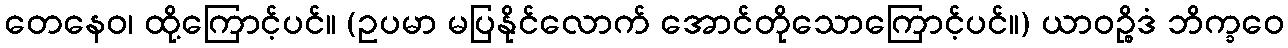
တေနေဝ၊ ထို့ကြောင့်ပင်။ (ဥပမာ မပြနိုင်လောက် အောင်တိုသောကြောင့်ပင်။) ယာဝဉ္စိဒံ ဘိက္ခဝေ